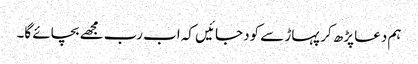
ہم دعا پڑھ کر پہاڑ سے کود جائیں کہ اب رب مجھے بچائے گا۔